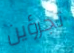
تجرؤين